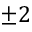
\pm 2